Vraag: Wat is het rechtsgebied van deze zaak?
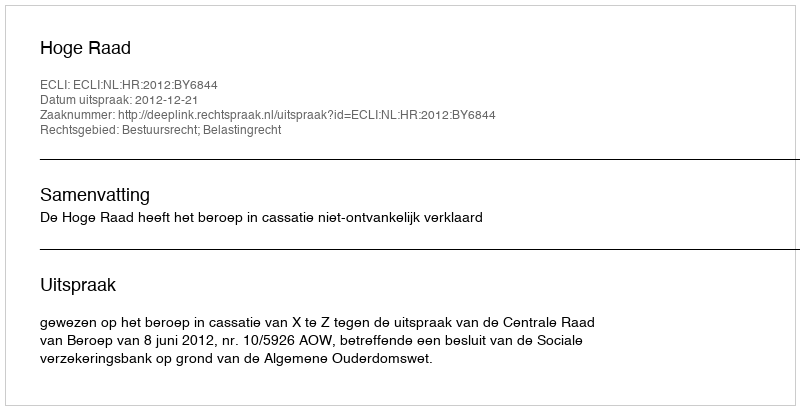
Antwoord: Bestuursrecht; Belastingrecht